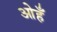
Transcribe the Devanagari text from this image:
ओहँ